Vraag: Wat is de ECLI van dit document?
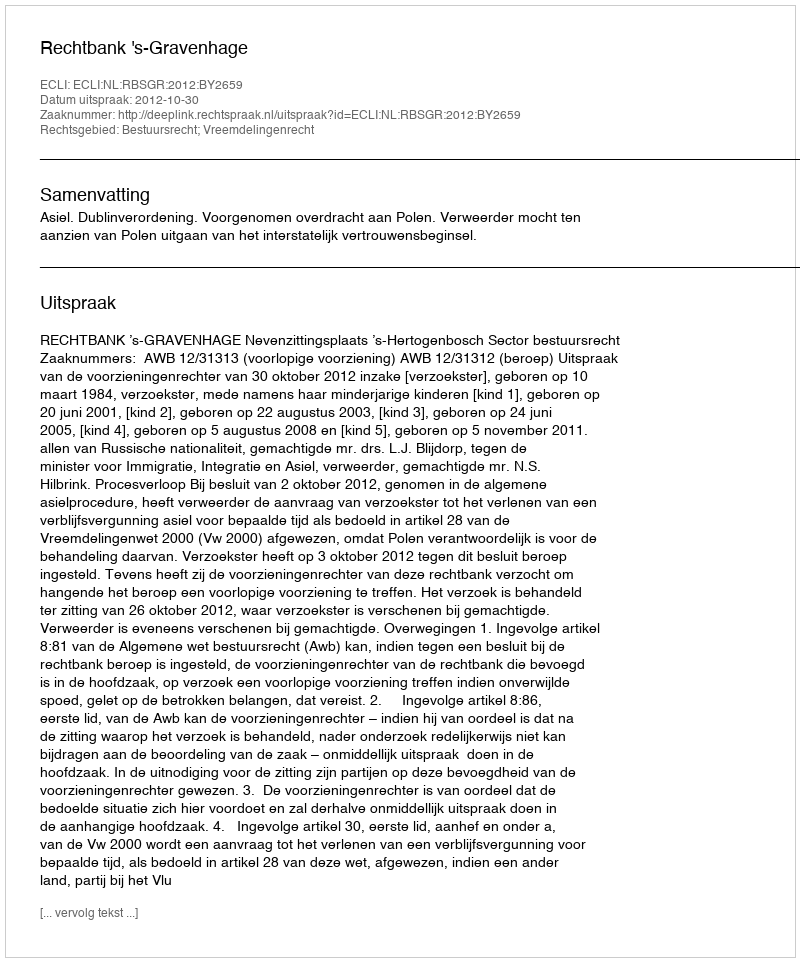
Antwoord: ECLI:NL:RBSGR:2012:BY2659